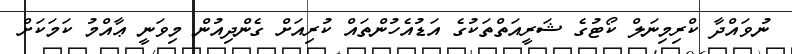
ނުވައްދާ ކްރިމިނަލް ކޯޓުގެ ޝަރީއަތްތަކުގެ އަޑުއެހުންތައް ކުރިއަށް ގެންދިއުން މިވަނީ ޢާއްމު ކަމަކަށް